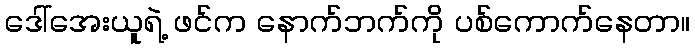
ဒေါ်အေးယူရဲ့ ဖင်က နောက်ဘက်ကို ပစ်ကောက်နေတာ။